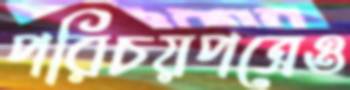
পরিচয়পত্রেও